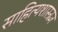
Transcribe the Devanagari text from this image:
साहित्यशास्त्रज्ञ